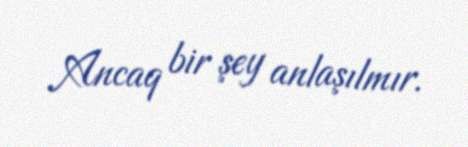
Ancaq bir şey anlaşılmır.